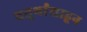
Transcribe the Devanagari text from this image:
चतुर्थांशाहून